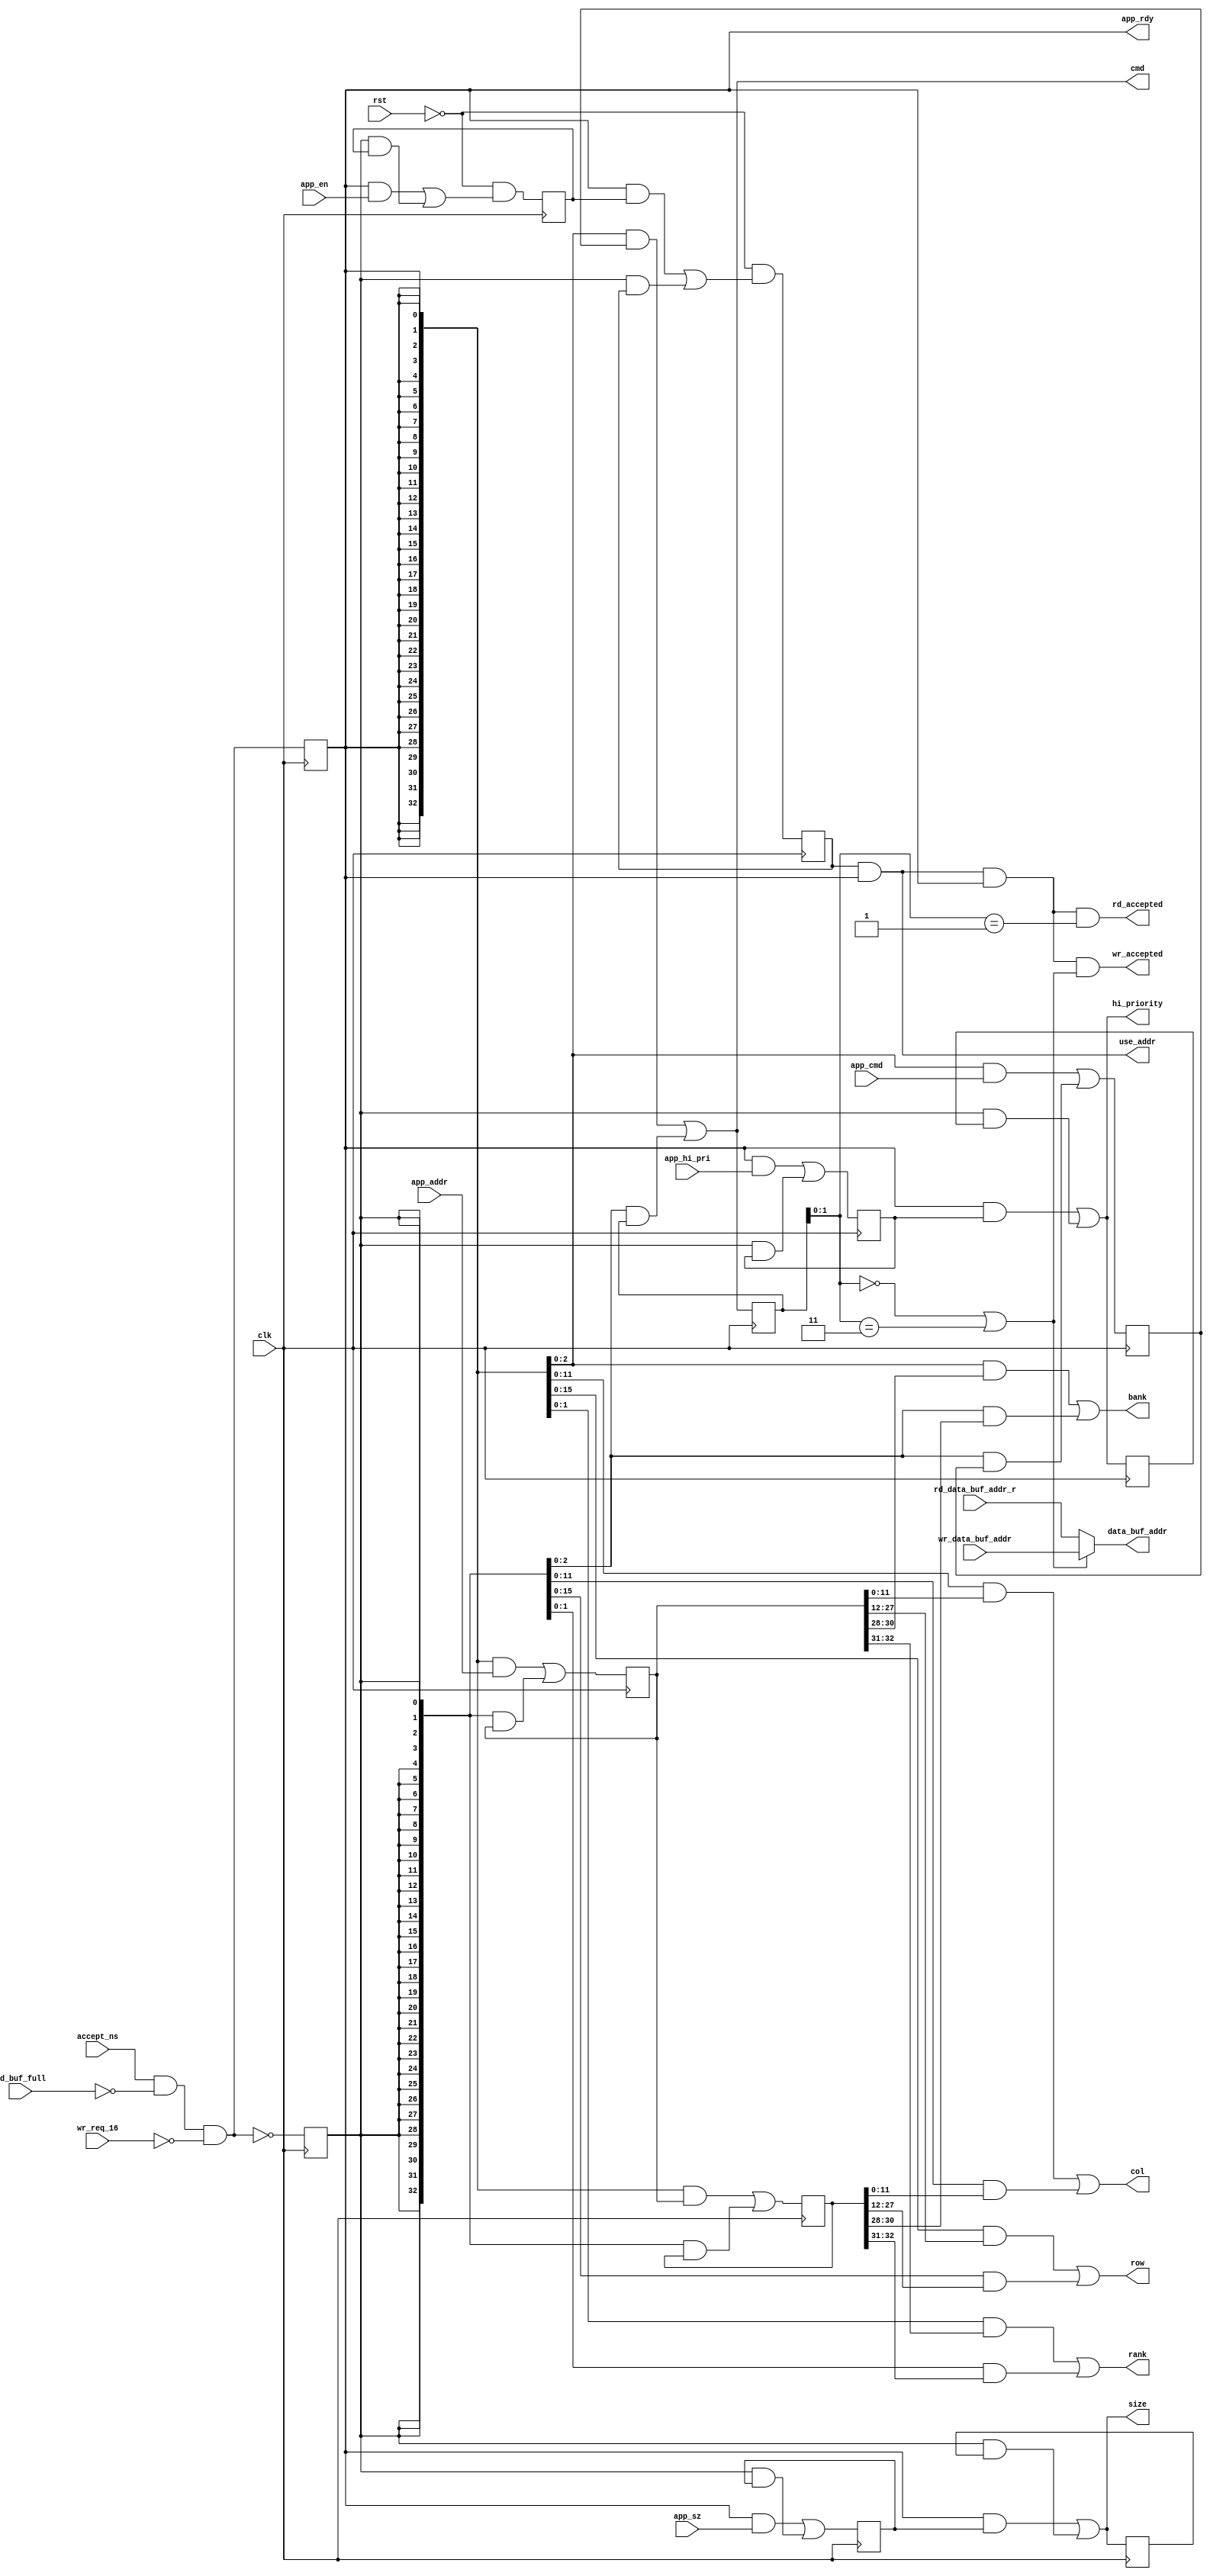
//*****************************************************************************
// (c) Copyright 2008-2009 Xilinx, Inc. All rights reserved.
//
// This file contains confidential and proprietary information
// of Xilinx, Inc. and is protected under U.S. and
// international copyright and other intellectual property
// laws.
//
// DISCLAIMER
// This disclaimer is not a license and does not grant any
// rights to the materials distributed herewith. Except as
// otherwise provided in a valid license issued to you by
// Xilinx, and to the maximum extent permitted by applicable
// law: (1) THESE MATERIALS ARE MADE AVAILABLE "AS IS" AND
// WITH ALL FAULTS, AND XILINX HEREBY DISCLAIMS ALL WARRANTIES
// AND CONDITIONS, EXPRESS, IMPLIED, OR STATUTORY, INCLUDING
// BUT NOT LIMITED TO WARRANTIES OF MERCHANTABILITY, NON-
// INFRINGEMENT, OR FITNESS FOR ANY PARTICULAR PURPOSE; and
// (2) Xilinx shall not be liable (whether in contract or tort,
// including negligence, or under any other theory of
// liability) for any loss or damage of any kind or nature
// related to, arising under or in connection with these
// materials, including for any direct, or any indirect,
// special, incidental, or consequential loss or damage
// (including loss of data, profits, goodwill, or any type of
// loss or damage suffered as a result of any action brought
// by a third party) even if such damage or loss was
// reasonably foreseeable or Xilinx had been advised of the
// possibility of the same.
//
// CRITICAL APPLICATIONS
// Xilinx products are not designed or intended to be fail-
// safe, or for use in any application requiring fail-safe
// performance, such as life-support or safety devices or
// systems, Class III medical devices, nuclear facilities,
// applications related to the deployment of airbags, or any
// other applications that could lead to death, personal
// injury, or severe property or environmental damage
// (individually and collectively, "Critical
// Applications"). Customer assumes the sole risk and
// liability of any use of Xilinx products in Critical
// Applications, subject only to applicable laws and
// regulations governing limitations on product liability.
//
// THIS COPYRIGHT NOTICE AND DISCLAIMER MUST BE RETAINED AS
// PART OF THIS FILE AT ALL TIMES.
//
//*****************************************************************************
//   ____  ____
//  /   /\/   /
// /___/  \  /    Vendor                : Xilinx
// \   \   \/     Version               : 3.6.1
//  \   \         Application           : MIG
//  /   /         Filename              : ui_cmd.v
// /___/   /\     Date Last Modified    : $date$
// \   \  /  \    Date Created          : Tue Jun 30 2009
//  \___\/\___\
//
//Device            : Virtex-6
//Design Name       : DDR3 SDRAM
//Purpose           :
//Reference         :
//Revision History  :
//*****************************************************************************

`timescale 1 ps / 1 ps

// User interface command port.

module ui_cmd #
  (
   parameter TCQ = 100,
   parameter ADDR_WIDTH         = 33,
   parameter BANK_WIDTH         = 3,
   parameter COL_WIDTH          = 12,
   parameter RANK_WIDTH         = 2,
   parameter ROW_WIDTH          = 16,
   parameter RANKS              = 4
  )
  (/*AUTOARG*/
  // Outputs
  app_rdy, use_addr, rank, bank, row, col, size, cmd, hi_priority,
  rd_accepted, wr_accepted, data_buf_addr,
  // Inputs
  rst, clk, accept_ns, rd_buf_full, wr_req_16, app_addr, app_cmd,
  app_sz, app_hi_pri, app_en, wr_data_buf_addr, rd_data_buf_addr_r
  );

  input rst;
  input clk;

  input accept_ns;
  input rd_buf_full;
  input wr_req_16;
  wire app_rdy_ns = accept_ns && ~rd_buf_full && ~wr_req_16;
  reg app_rdy_r;
  always @(posedge clk) app_rdy_r <= #TCQ app_rdy_ns;
  reg app_rdy_inv_r;
  always @(posedge clk) app_rdy_inv_r <= #TCQ ~app_rdy_ns;
  output wire app_rdy;
  assign app_rdy = app_rdy_r;

  input [ADDR_WIDTH-1:0] app_addr;
  input [2:0] app_cmd;
  input app_sz;
  input app_hi_pri;
  input app_en;

  reg [ADDR_WIDTH-1:0] app_addr_r1;
  reg [ADDR_WIDTH-1:0] app_addr_r2;
  reg [2:0] app_cmd_r1;
  reg [2:0] app_cmd_r2;
  reg app_sz_r1;
  reg app_sz_r2;
  reg app_hi_pri_r1;
  reg app_hi_pri_r2;
  reg app_en_r1;
  reg app_en_r2;

  wire [ADDR_WIDTH-1:0] app_addr_ns1 = ({ADDR_WIDTH{app_rdy_r}} & app_addr) | ({ADDR_WIDTH{app_rdy_inv_r}} & app_addr_r1);
  wire [ADDR_WIDTH-1:0] app_addr_ns2 = ({ADDR_WIDTH{app_rdy_r}} & app_addr_r1) | ({ADDR_WIDTH{app_rdy_inv_r}} & app_addr_r2);
  wire [2:0] app_cmd_ns1 = ({3{app_rdy_r}} & app_cmd) | ({3{app_rdy_inv_r}} & app_cmd_r1);
  wire [2:0] app_cmd_ns2 = ({3{app_rdy_r}} & app_cmd_r1) | ({3{app_rdy_inv_r}} & app_cmd_r2);
  wire app_sz_ns1 = (app_rdy_r & app_sz) | (app_rdy_inv_r & app_sz_r1);
  wire app_sz_ns2 = (app_rdy_r & app_sz_r1) | (app_rdy_inv_r & app_sz_r2);
  wire app_hi_pri_ns1 = (app_rdy_r & app_hi_pri) | (app_rdy_inv_r & app_hi_pri_r1);
  wire app_hi_pri_ns2 = (app_rdy_r & app_hi_pri_r1) | (app_rdy_inv_r & app_hi_pri_r2);
  wire app_en_ns1 = ~rst && ((app_rdy_r & app_en )| (app_rdy_inv_r & app_en_r1));
  wire app_en_ns2 = ~rst && ((app_rdy_r & app_en_r1 )| (app_rdy_inv_r & app_en_r2));

  always @(posedge clk) begin
    app_addr_r1 <= #TCQ app_addr_ns1;
    app_addr_r2 <= #TCQ app_addr_ns2;
    app_cmd_r1 <= #TCQ app_cmd_ns1;
    app_cmd_r2 <= #TCQ app_cmd_ns2;
    app_sz_r1 <= #TCQ app_sz_ns1;
    app_sz_r2 <= #TCQ app_sz_ns2;
    app_hi_pri_r1 <= #TCQ app_hi_pri_ns1;
    app_hi_pri_r2 <= #TCQ app_hi_pri_ns2;
    app_en_r1 <= #TCQ app_en_ns1;
    app_en_r2 <= #TCQ app_en_ns2;
  end // always @ (posedge clk)

  wire use_addr_lcl = app_en_r2 && app_rdy_r;
  output wire use_addr;
  assign use_addr = use_addr_lcl;

  output wire [RANK_WIDTH-1:0] rank;
  output wire [BANK_WIDTH-1:0] bank;
  output wire [ROW_WIDTH-1:0] row;
  output wire [COL_WIDTH-1:0] col;
  output wire size;
  output wire [2:0] cmd;
  output wire hi_priority;

  assign col = ({COL_WIDTH{app_rdy_r}}     & app_addr_r1[0+:COL_WIDTH]) |
               ({COL_WIDTH{app_rdy_inv_r}} & app_addr_r2[0+:COL_WIDTH]);

  assign row = ({ROW_WIDTH{app_rdy_r}}     & app_addr_r1[COL_WIDTH+:ROW_WIDTH]) |
               ({ROW_WIDTH{app_rdy_inv_r}} & app_addr_r2[COL_WIDTH+:ROW_WIDTH]);

  assign bank = ({BANK_WIDTH{app_rdy_r}}     & app_addr_r1[COL_WIDTH+ROW_WIDTH+:BANK_WIDTH]) |
                ({BANK_WIDTH{app_rdy_inv_r}} & app_addr_r2[COL_WIDTH+ROW_WIDTH+:BANK_WIDTH]);

  assign rank = (RANKS == 1)
                  ? 1'b0
                  : (({RANK_WIDTH{app_rdy_r}}     & app_addr_r1[COL_WIDTH+ROW_WIDTH+BANK_WIDTH+:RANK_WIDTH]) |
                     ({RANK_WIDTH{app_rdy_inv_r}} & app_addr_r2[COL_WIDTH+ROW_WIDTH+BANK_WIDTH+:RANK_WIDTH]));

  assign size = (app_rdy_r & app_sz_r1) | (app_rdy_inv_r & app_sz_r2);

  assign cmd = ({3{app_rdy_r}} & app_cmd_r1) | ({3{app_rdy_inv_r}} & app_cmd_r2);

  assign hi_priority = (app_rdy_r & app_hi_pri_r1) | (app_rdy_inv_r & app_hi_pri_r2);

  wire request_accepted = use_addr_lcl && app_rdy_r;
  wire rd = app_cmd_r2[1:0] == 2'b01;
  wire wr = app_cmd_r2[1:0] == 2'b00;
  wire wr_bytes = app_cmd_r2[1:0] == 2'b11;
  wire write = wr || wr_bytes;
  output wire rd_accepted;
  assign rd_accepted = request_accepted && rd;
  output wire wr_accepted;
  assign wr_accepted = request_accepted && write;

  input [3:0] wr_data_buf_addr;
  input [3:0] rd_data_buf_addr_r;
  output wire [3:0] data_buf_addr;

  assign data_buf_addr = ~write ? rd_data_buf_addr_r : wr_data_buf_addr;

endmodule // ui_cmd

// Local Variables:
// verilog-library-directories:(".")
// End: